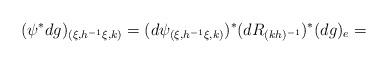
LaTeX: \begin{align*}(\psi^*dg)_{(\xi,h^{-1}\xi,k)}=(d\psi_{(\xi,h^{-1}\xi,k)})^*(dR_{(kh)^{-1}})^*(dg)_e=\end{align*}